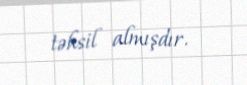
təhsil almışdır.